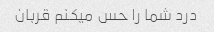
درد شما را حس میکنم قربان